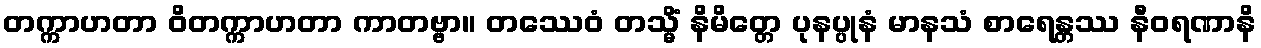
တက္ကာဟတာ ဝိတက္ကာဟတာ ကာတဗ္ဗာ။ တဿေဝံ တသ္မိံ နိမိတ္တေ ပုနပ္ပုနံ မာနသံ စာရေန္တဿ နီဝရဏာနိ